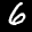
Label: 6